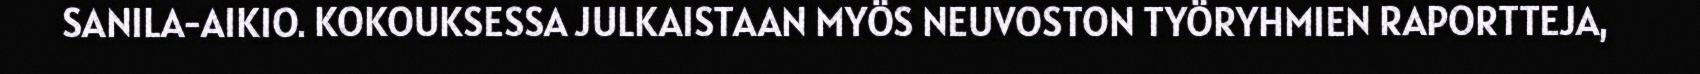
SANILA-AIKIO. KOKOUKSESSA JULKAISTAAN MYÖS NEUVOSTON TYÖRYHMIEN RAPORTTEJA,